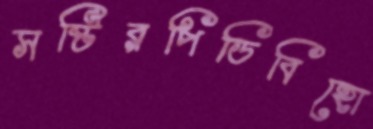
সষ্টিরপিডিবিহো